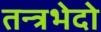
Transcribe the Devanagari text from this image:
तन्त्रभेदो